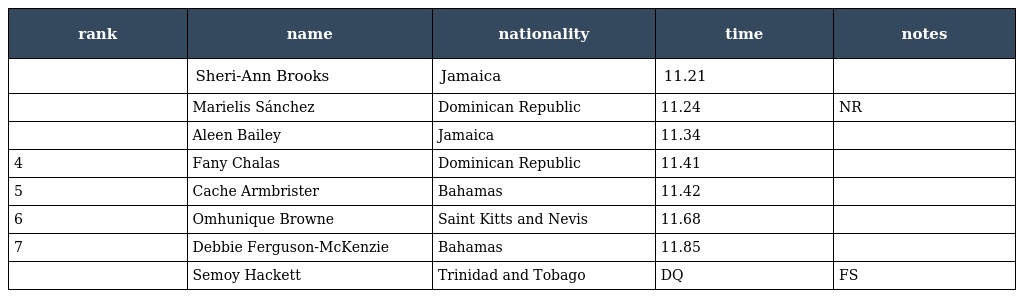
| rank | name | nationality | time | notes |
 | --- | --- | --- | --- | --- |
 |  | Sheri-Ann Brooks | Jamaica | 11.21 |  |
 |  | Marielis Sánchez | Dominican Republic | 11.24 | NR |
 |  | Aleen Bailey | Jamaica | 11.34 |  |
 | 4 | Fany Chalas | Dominican Republic | 11.41 |  |
 | 5 | Cache Armbrister | Bahamas | 11.42 |  |
 | 6 | Omhunique Browne | Saint Kitts and Nevis | 11.68 |  |
 | 7 | Debbie Ferguson-McKenzie | Bahamas | 11.85 |  |
 |  | Semoy Hackett | Trinidad and Tobago | DQ | FS |